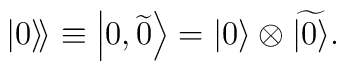
\left. \left| 0\right\rangle \! \right\rangle \equiv \left| 0,\widetilde{0}\right\rangle =\left| 0\right\rangle \otimes \widetilde{\left|0\right\rangle }.